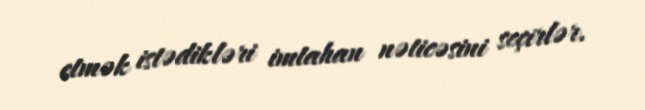
etmək istədikləri imtahan nəticəsini seçirlər.